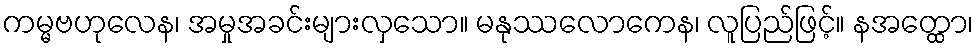
ကမ္မဗဟုလေန၊ အမှုအခင်းများလှသော။ မနုဿလောကေန၊ လူပြည်ဖြင့်။ နအတ္ထော၊